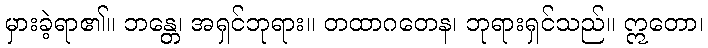
မှားခဲ့ရာ၏။ ဘန္တေ၊ အရှင်ဘုရား။ တထာဂတေန၊ ဘုရားရှင်သည်။ ဣတော၊